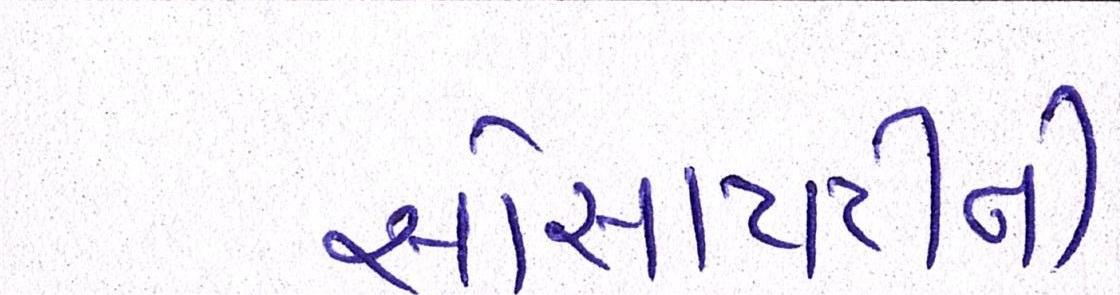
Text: સોસાયટીની